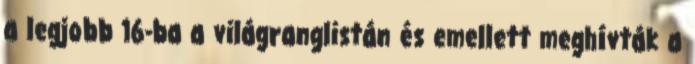
a legjobb 16-ba a világranglistán és emellett meghívták a